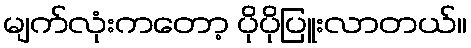
မျက်လုံးကတော့ ပိုပိုပြူးလာတယ်။